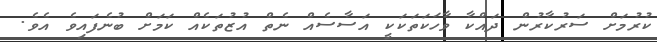
ކުރުމަށް ސަރުކާރުން ދައްކާ ވާހަކަތަކަކީ އަސާސެއް ނެތް އުޒުތަކެއް ކަމަށް ބުނެފައިވެ އެވެ.